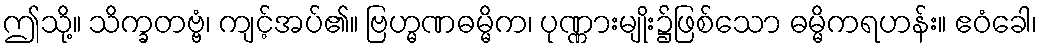
ဤသို့။ သိက္ခတဗ္ဗံ၊ ကျင့်အပ်၏။ ဗြဟ္မဏဓမ္မိက၊ ပုဏ္ဏားမျိုး၌ဖြစ်သော ဓမ္မိကရဟန်း။ ဧဝံခေါ၊